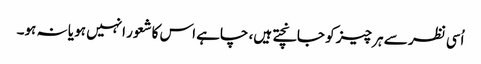
اُسی نظر سے ہر چیز کو جانچتے ہیں، چاہے اس کاشعور انہیں ہو یا نہ ہو۔